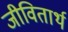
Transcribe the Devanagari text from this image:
जीवितार्थ